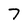
Character: 7